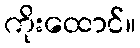
ကိုးထောင်။